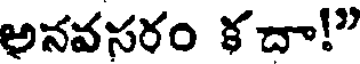
అనవసరం కదా!"